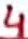
Text: 4